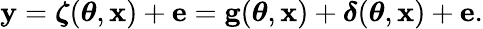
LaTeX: \begin{array}{r}{\mathbf{y}=\boldsymbol{\zeta}(\boldsymbol{\theta},\mathbf{x})+\mathbf{e}=\mathbf{g}(\boldsymbol{\theta},\mathbf{x})+\boldsymbol{\delta}(\boldsymbol{\theta},\mathbf{x})+\mathbf{e}.}\end{array}